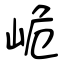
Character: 峗